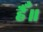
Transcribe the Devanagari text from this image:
हैँ॥